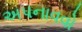
અપનાવવો